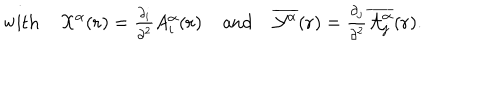
\mathrm { w i t h } \; { \cal { X } } ^ { \alpha } ( { \bf { r } } ) = { \textstyle \frac { \partial _ { i } } { \partial ^ { 2 } } } A _ { i } ^ { \alpha } ( { \bf { r } } ) \; \mathrm { a n d } \; \overline { { { { \cal Y } ^ { \alpha } } } } ( { \bf r } ) = { \textstyle \frac { \partial _ { j } } { \partial ^ { 2 } } \overline { { { { \cal A } _ { j } ^ { \alpha } } } } ( { \bf r } ) } .